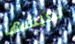
تعيشها